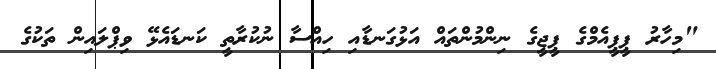
"މިހާރު ޕީޕީއެމްގެ ޕީޖީގެ ނިންމުންތައް އަޅުގަނޑާއި ހިއްސާ ނުކުރާތީ ކަނޑައެޅޭ ވިޕްލައިން ތަކުގެ